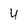
Character: 4